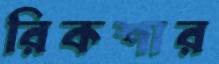
রিকশার